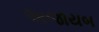
અજાયબ